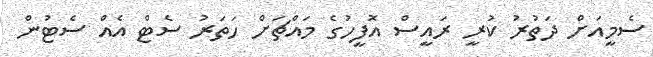
ސެމީއަށް ދަތުރު ކުރީ ރައީސް އޮފީހުގެ މައްޗަށް ހަތަރު ސެޓް އެއް ސެޓުން